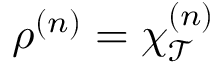
\rho ^ { ( n ) } = \chi _ { \mathcal { T } } ^ { ( n ) }